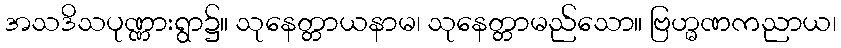
အသဒိသပုဏ္ဏားရွာ၌။ သုနေတ္တာယနာမ၊ သုနေတ္တာမည်သော။ ဗြဟ္မဏကညာယ၊